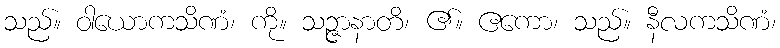
သည်။ ဝါယောကသိဏံ၊ ကို။ သဉ္ဇာနာတိ၊ ၏။ ဧကော၊ သည်။ နီလကသိဏံ၊